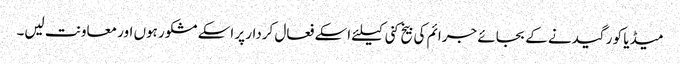
میڈیا کو رگیدنے کے بجائے جرائم کی بیخ کنی کیلئے اسکے فعال کردار پر اسکے مشکور ہوں اور معاونت لیں۔